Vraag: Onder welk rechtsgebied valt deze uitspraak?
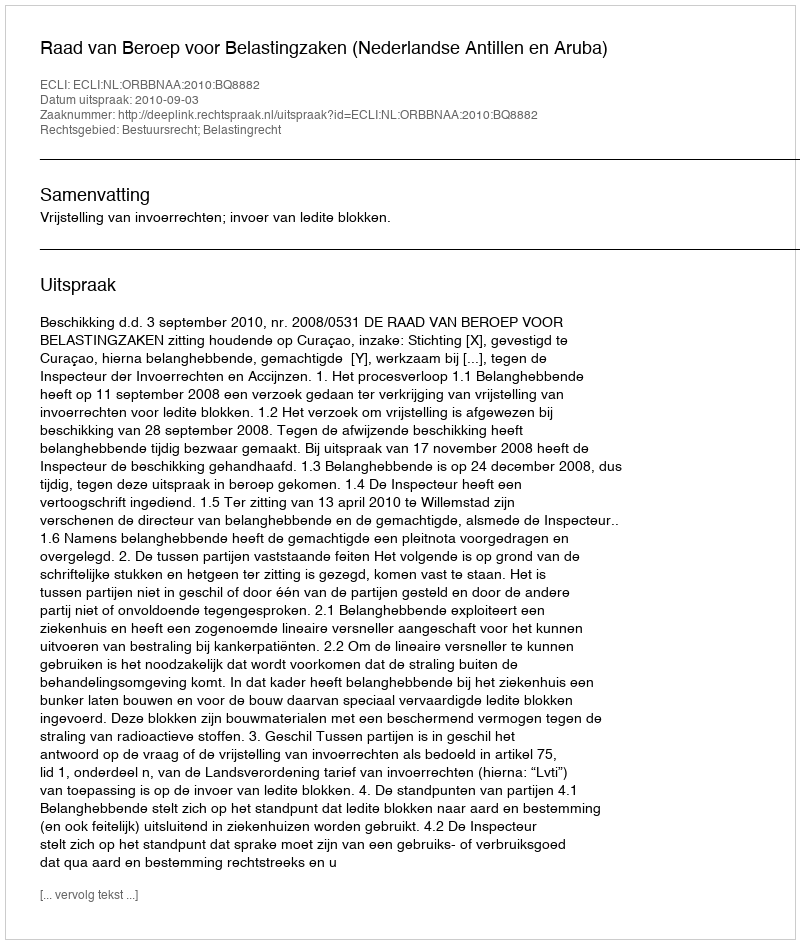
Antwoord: Bestuursrecht; Belastingrecht